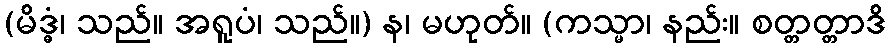
(မိဒ္ဓံ၊ သည်။ အရူပံ၊ သည်။) န၊ မဟုတ်။ (ကသ္မာ၊ နည်း။ စတ္တတ္တာဒိ